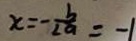
x = - \frac { b } { 2 a } = - 1